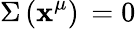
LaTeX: \Sigma\, (\mathbf{x}^{\mu})\, =0